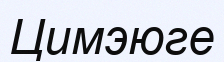
Цимэюге